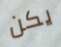
يكن